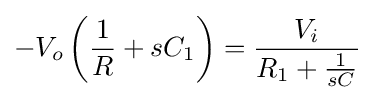
-V_{o}\left({\frac {1}{R}}+sC_{1}\right)={\frac {V_{i}}{R_{1}+{\frac {1}{sC}}}}